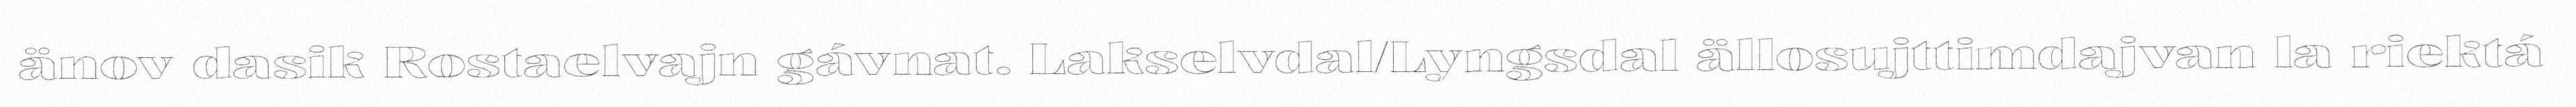
änov dasik Rostaelvajn gávnat. Lakselvdal/Lyngsdal ällosujttimdajvan la riektá